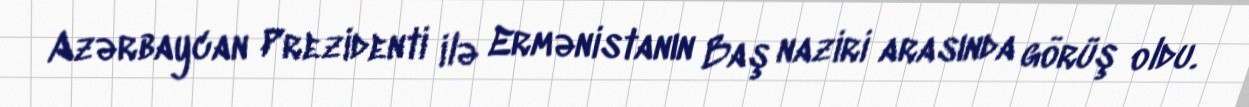
Azərbaycan Prezidenti ilə Ermənistanın Baş naziri arasında görüş oldu.